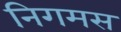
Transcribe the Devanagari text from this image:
निगमस